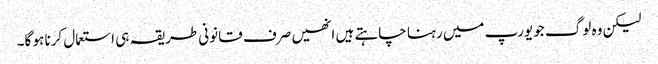
لیکن وہ لوگ جو یورپ میں رہنا چاہتے ہیں انھیں صرف قانونی طریقہ ہی استعمال کرنا ہو گا۔